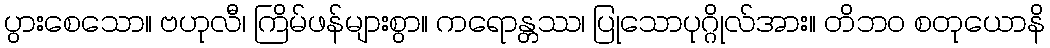
ပွားစေသော။ ဗဟုလီ၊ ကြိမ်ဖန်များစွာ။ ကရောန္တဿ၊ ပြုသောပုဂ္ဂိုလ်အား။ တိဘဝ စတုယောနိ